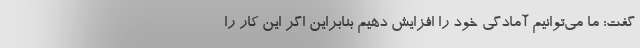
گفت: ما می‌توانیم آمادگی خود را افزایش دهیم بنابراین اگر این کار را